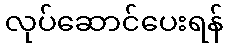
လုပ်ဆောင်ပေးရန်